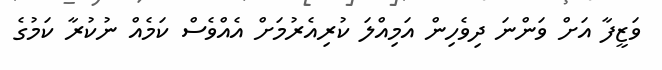
ވަޒީފާ އަށް ވަންނަ ދިވެހިން އަމިއްލަ ކުރިއެރުމަށް އެއްވެސް ކަމެއް ނުކުރާ ކަމުގެ